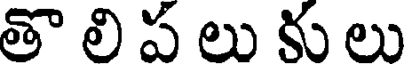
తొ లి ప లు కు లు